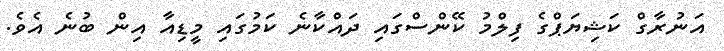
އަނުރާގް ކަޝިޔަޕްގެ ފިލްމު ކޭންސްގައި ދައްކާނެ ކަމުގައި މީޑިއާ އިން ބުނެ އެވެ.